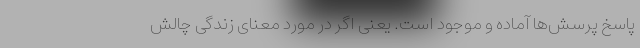
پاسخ پرسش‌ها آماده و موجود است. یعنی اگر در مورد معنای زندگی چالش